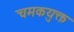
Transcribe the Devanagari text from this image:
चमकयुक्त